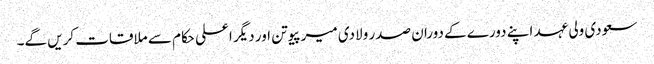
سعودی ولی عہد اپنے دورے کے دوران صدر ولادی میر پیوتن اور دیگر اعلی حکام سے ملاقات کریں گے۔